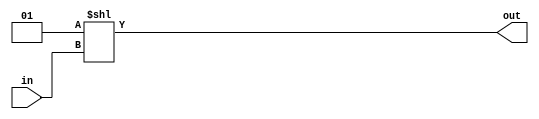
module decoder2_4(
    input [1:0] in,
    output [3:0] out
);
    assign out = 1 << in;
endmodule